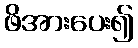
ဖိအားပေး၍